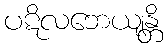
ပဋိလဘေယျန္တိ